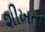
શીખતા